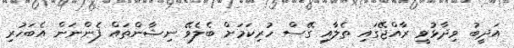
އަދީބު ވިދާޅުވީ ރާއްޖޭގައި ތެލާއި ގޭސް ހުރިކަމަށް ބެލެވޭ ނިޝާންތައް ފެންނަން އެބަހުރި